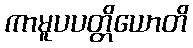
ကာမူပပတ္တိယောတိ